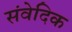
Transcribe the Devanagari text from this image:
संवेदिक